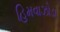
હિમવાઝોડા